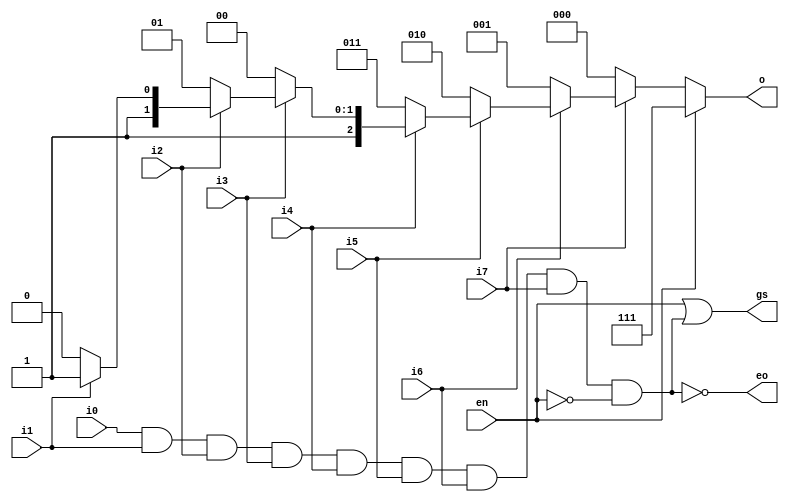
// ============================================================================
//	(C) 2007  Robert Finch
//	robfinch@<remove>sympatico.ca
//
// VT148 - 74LS148 priority encoder
//
//
// This source file is free software: you can redistribute it and/or modify 
// it under the terms of the GNU Lesser General Public License as published 
// by the Free Software Foundation, either version 3 of the License, or     
// (at your option) any later version.                                      
//                                                                          
// This source file is distributed in the hope that it will be useful,      
// but WITHOUT ANY WARRANTY; without even the implied warranty of           
// MERCHANTABILITY or FITNESS FOR A PARTICULAR PURPOSE.  See the            
// GNU General Public License for more details.                             
//                                                                          
// You should have received a copy of the GNU General Public License        
// along with this program.  If not, see <http://www.gnu.org/licenses/>.    
//                                                                          
// ============================================================================
//
// Webpack 9.1i  xc3s1000-4ft256
// 6 slices / 11 LUTs / 10.860 MHz

module VT148(en, i0, i1, i2, i3, i4, i5, i6, i7, o, gs, eo);
input en;	// enable - active low
input i0;	// input - active low
input i1;
input i2;
input i3;
input i4;
input i5;
input i6;
input i7;
output [2:0] o;
reg [2:0] o;
output gs;
output eo;

always @(en or i1 or i2 or i3 or i4 or i5 or i6 or i7)
	if (en)
		o = 3'd7;
	else if (!i7)
		o = 3'd0;
	else if (!i6)
		o = 3'd1;
	else if (!i5)
		o = 3'd2;
	else if (!i4)
		o = 3'd3;
	else if (!i3)
		o = 3'd4;
	else if (!i2)
		o = 3'd5;
	else if (!i1)
		o = 3'd6;
	else
		o = 3'd7;

nand(eo, i0,i1,i2,i3,i4,i5,i6,i7,!en);
or(gs, en,!eo);

endmodule